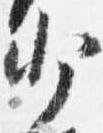
少